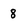
Character: 8